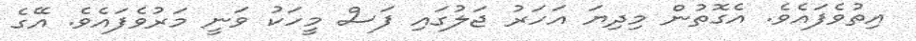
އިތުވެފައެވެ. އެގޮތުން މިދިޔަ އަހަރު ޖަލުގައި ފަސް މީހަކު ވަނީ މަރުވެފައެވެ. އޭގެ